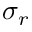
\sigma _ { r }